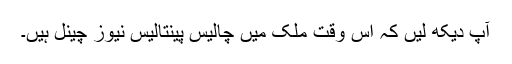
آپ دیکھ لیں کہ اس وقت ملک میں چالیس پینتالیس نیوز چینل ہیں۔